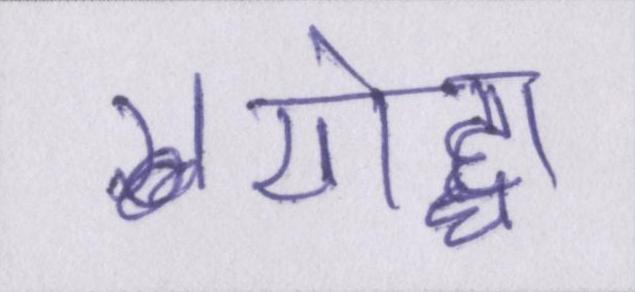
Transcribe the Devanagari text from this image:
योद्धा